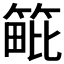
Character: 𥯡